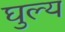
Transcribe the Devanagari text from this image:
घुल्य